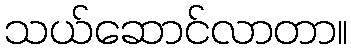
သယ်ဆောင်လာတာ။